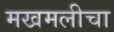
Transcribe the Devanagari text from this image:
मखमलीचा